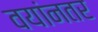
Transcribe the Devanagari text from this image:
वयांनतर